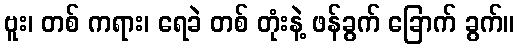
ဗူး၊ တစ် ကရား၊ ရေခဲ တစ် တုံးနဲ့ ဖန်ခွက် ခြောက် ခွက်။